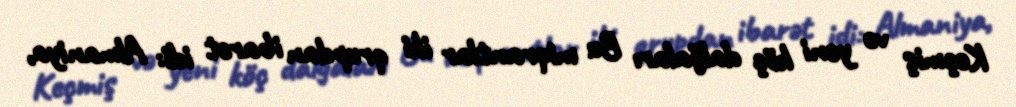
Keçmiş və yeni köç dalğaları Bu miqrantlar iki qrupdan ibarət idi: Almaniya,